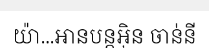
យ៉ា...អានបន្តអ៊ិន ចាន់នី